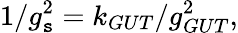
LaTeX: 1/g_{\mathtt{s}}^{2}=k_{GUT}/g_{GUT}^{2},